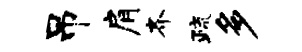
吊肩齐疏多